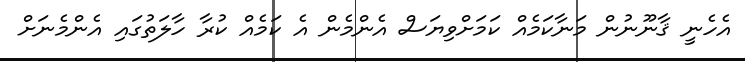
އެހެނީ ޤާނޫނުން މަނާކަމެއް ކަމަށްވިޔަސް އެންމެން އެ ކަމެއް ކުރާ ހާލަތުގައި އެންމެނަށް